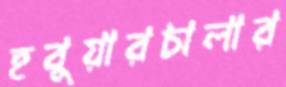
হবুয়ারচালার